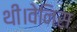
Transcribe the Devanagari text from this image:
थी।वेनिस